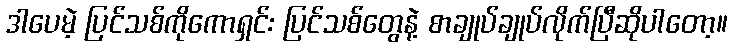
ဒါပေမဲ့ ပြင်သစ်ကိုကောရှင်း ပြင်သစ်တွေနဲ့ စာချုပ်ချုပ်လိုက်ပြီဆိုပါတော့။